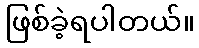
ဖြစ်ခဲ့ရပါတယ်။